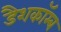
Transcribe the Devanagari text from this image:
डैशकॉम्ब